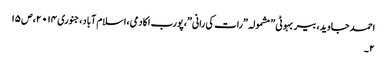
احمد جاوید، بیر بہوٹی ” مشمولہ ”رات کی رانی”،پورب اکادمی،اسلام آباد،جنوری ۰۱۴ ۲،ص ۱۵
۲ ۔